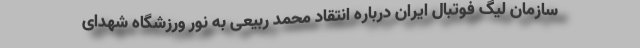
سازمان لیگ فوتبال ایران درباره انتقاد محمد ربیعی به نور ورزشگاه شهدای